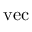
\operatorname { v e c }